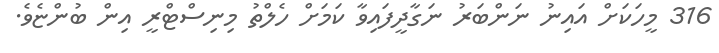
316 މީހަކަށް އައިނު ނަންބަރު ނަގާދީފައިވާ ކަމަށް ހެލްތު މިނިސްޓްރީ އިން ބުންޏެވެ.